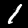
Digit: 1